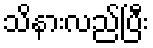
သိနားလည်ပြီး